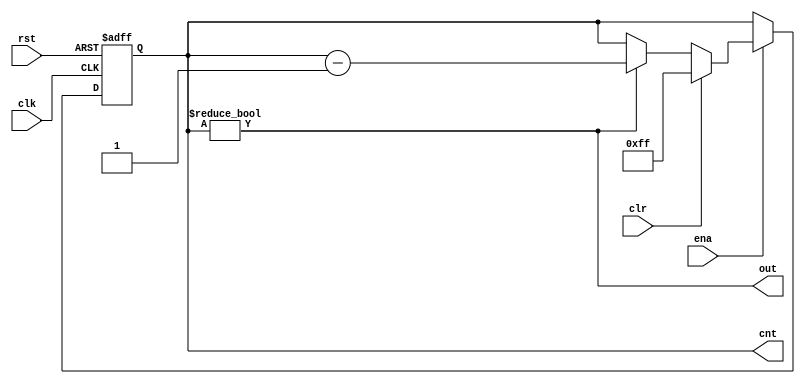
module counter #(
  parameter CW = 8,         // counter bit width
  parameter CR = {CW{1'b1}}  // counter reset value
)(
  input               clk,  // clock
  input               rst,  // reset (asynchronous)
  input               clr,  // clear (synchronous)
  input               ena,  // enable
  output reg [CW-1:0] cnt,  // counter
  output wire         out   // running status output
);

always @ (posedge clk, posedge rst)
if (rst)              cnt <= CR;
else if (ena) begin
  if (clr)            cnt <= CR;
  else if (cnt != 0)  cnt <= cnt - 1;
end

assign out = (cnt != 0);

endmodule